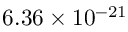
6 . 3 6 \times 1 0 ^ { - 2 1 }